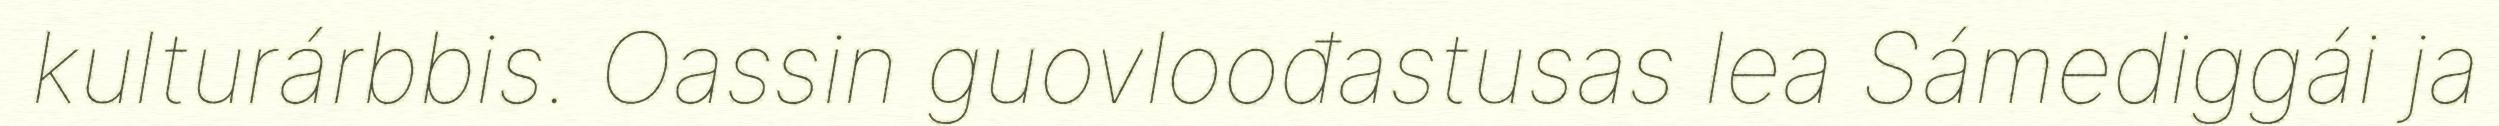
kulturárbbis. Oassin guovloođastusas lea Sámediggái ja